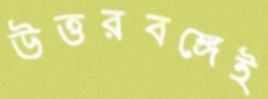
উত্তরবঙ্গেই